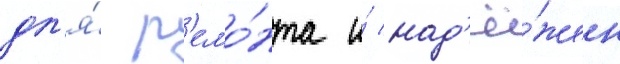
дл'я́ р'емо́нта и́ над'ё́жен